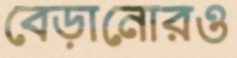
বেড়ানোরও